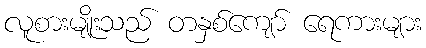
လူစားမျိုးသည် တနှစ်ကျော် ရေကားများ